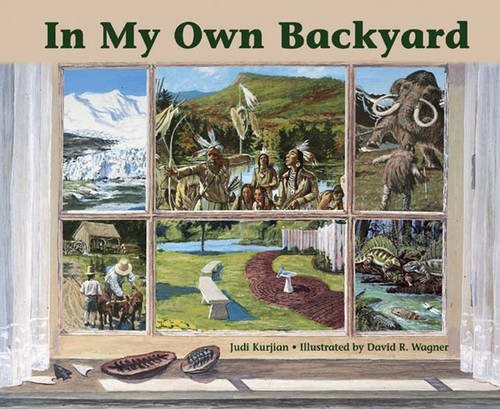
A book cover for In My Own Backyard; Judi Kurjian; Children's Books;